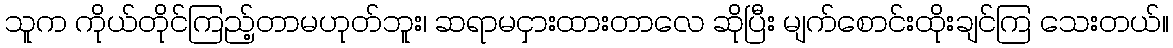
သူက ကိုယ်တိုင်ကြည့်တာမဟုတ်ဘူး၊ ဆရာမငှားထားတာလေ ဆိုပြီး မျက်စောင်းထိုးချင်ကြ သေးတယ်။